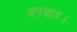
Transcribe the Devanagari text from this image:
अपवाह।